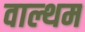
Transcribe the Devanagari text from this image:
वाल्थम